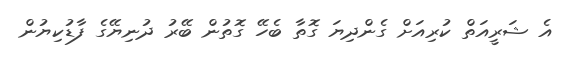
އެ ޝަރީއަތް ކުރިއަށް ގެންދިޔަ ގޮތާ ބެހޭ ގޮތުން ބޭރު ދުނިޔޭގެ ފާޑުކިޔުން